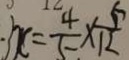
- 3 x = \frac { 4 } { 5 } \times \frac { 5 } { 1 2 }